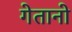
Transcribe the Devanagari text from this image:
गेतानो